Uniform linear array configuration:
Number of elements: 48
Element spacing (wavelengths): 1
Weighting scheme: hamming
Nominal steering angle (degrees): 30
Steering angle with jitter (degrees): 28.451
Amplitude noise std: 0.05
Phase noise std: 0.05

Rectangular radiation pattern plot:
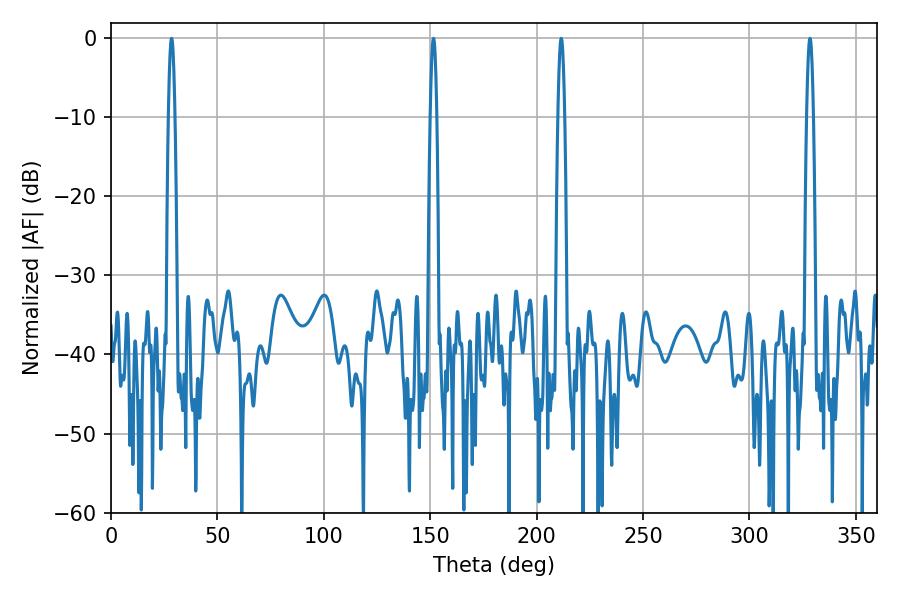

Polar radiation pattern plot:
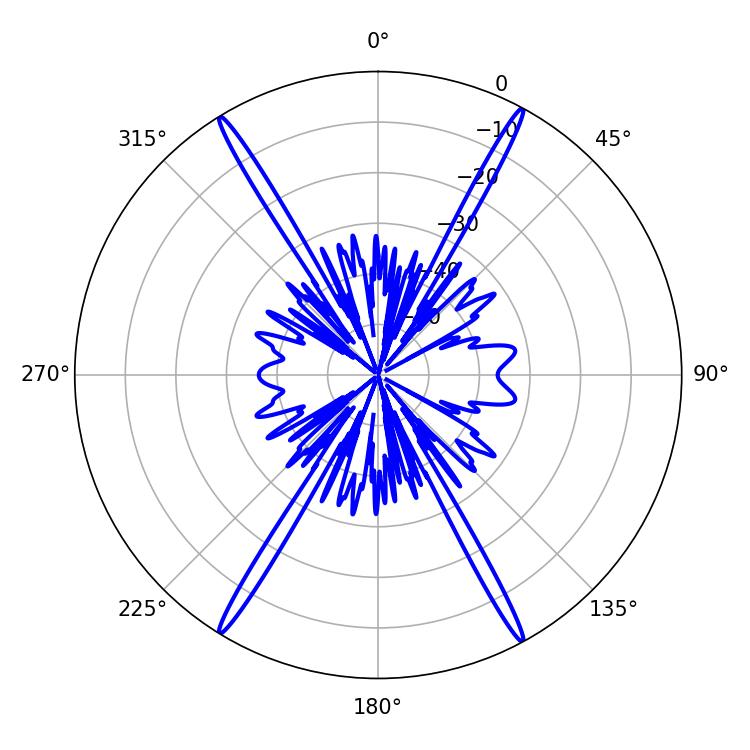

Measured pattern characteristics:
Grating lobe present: TRUE
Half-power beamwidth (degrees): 1.62
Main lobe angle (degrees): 28.44